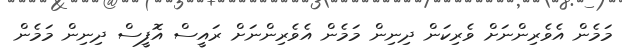
މަމެން އެވެރިންނަށް ވެރިކަން ދިނިން މަމެން އެވެރިންނަށް ރައީސް އޮފީސް ދިނިން މަމެން